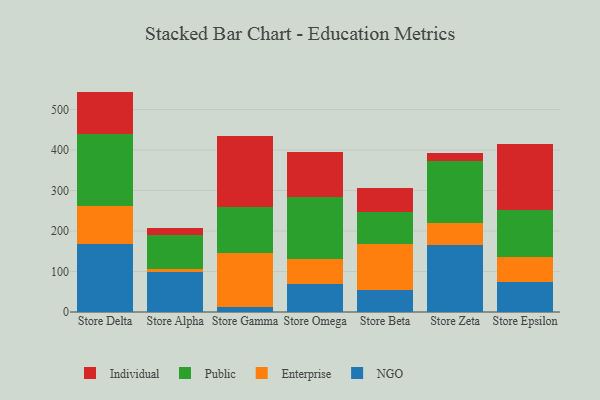
{"axis": {"x": "Store", "y": "Net Income (USD K)"}, "legend": ["Enterprise", "Individual", "NGO", "Public"], "data": [{"x": "Store Delta", "y": 167.1, "type": "NGO"}, {"x": "Store Delta", "y": 95.5, "type": "Enterprise"}, {"x": "Store Delta", "y": 176.3, "type": "Public"}, {"x": "Store Delta", "y": 105.3, "type": "Individual"}, {"x": "Store Alpha", "y": 99.9, "type": "NGO"}, {"x": "Store Alpha", "y": 6.4, "type": "Enterprise"}, {"x": "Store Alpha", "y": 85.0, "type": "Public"}, {"x": "Store Alpha", "y": 15.6, "type": "Individual"}, {"x": "Store Gamma", "y": 13.4, "type": "NGO"}, {"x": "Store Gamma", "y": 133.1, "type": "Enterprise"}, {"x": "Store Gamma", "y": 112.1, "type": "Public"}, {"x": "Store Gamma", "y": 176.9, "type": "Individual"}, {"x": "Store Omega", "y": 68.6, "type": "NGO"}, {"x": "Store Omega", "y": 61.2, "type": "Enterprise"}, {"x": "Store Omega", "y": 155.3, "type": "Public"}, {"x": "Store Omega", "y": 109.5, "type": "Individual"}, {"x": "Store Beta", "y": 54.2, "type": "NGO"}, {"x": "Store Beta", "y": 113.4, "type": "Enterprise"}, {"x": "Store Beta", "y": 79.4, "type": "Public"}, {"x": "Store Beta", "y": 60.2, "type": "Individual"}, {"x": "Store Zeta", "y": 166.1, "type": "NGO"}, {"x": "Store Zeta", "y": 52.5, "type": "Enterprise"}, {"x": "Store Zeta", "y": 155.0, "type": "Public"}, {"x": "Store Zeta", "y": 19.2, "type": "Individual"}, {"x": "Store Epsilon", "y": 74.2, "type": "NGO"}, {"x": "Store Epsilon", "y": 62.8, "type": "Enterprise"}, {"x": "Store Epsilon", "y": 115.9, "type": "Public"}, {"x": "Store Epsilon", "y": 161.4, "type": "Individual"}]}